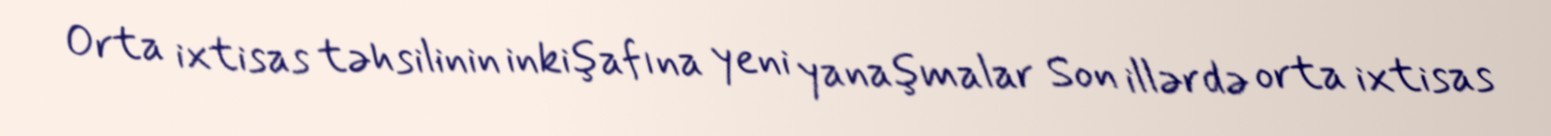
Orta ixtisas təhsilinin inkişafına yeni yanaşmalar Son illərdə orta ixtisas